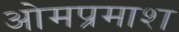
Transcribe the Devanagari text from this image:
ओमप्रमाश